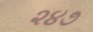
૨૪૭